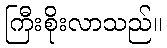
ကြီးစိုးလာသည်။